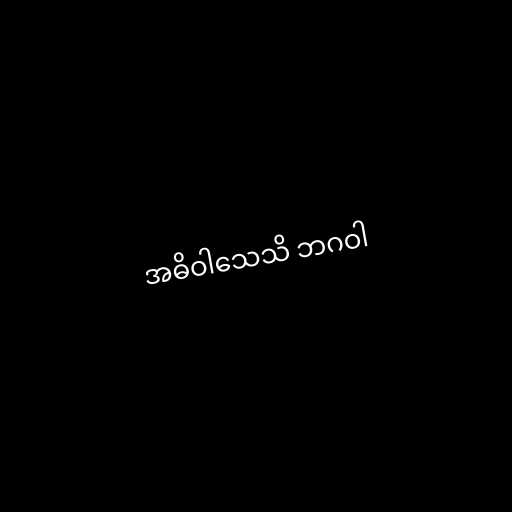
အဓိဝါသေသိ ဘဂဝါ